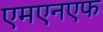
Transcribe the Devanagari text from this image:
एमएनएफ